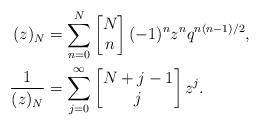
LaTeX: \begin{align*} (z)_N &= \sum_{n=0}^{N} \left[\begin{matrix} N \\ n \end{matrix}\right](-1)^{n}z^n q^{n(n-1)/2},\\\frac{1}{(z)_{N}}&=\sum_{j=0}^{\infty}\left[\begin{matrix} N+j-1\\ j\end{matrix} \right]z^j.\end{align*}